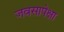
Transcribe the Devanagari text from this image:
जवसापेक्षा